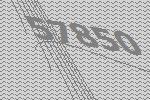
57850